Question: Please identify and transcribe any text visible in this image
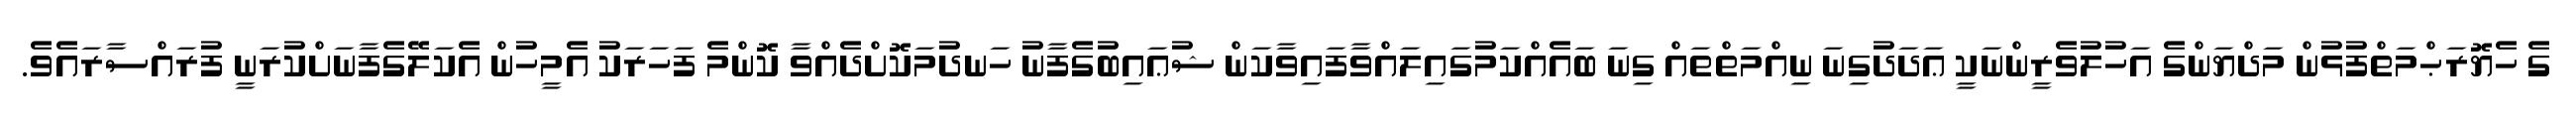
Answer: ގެ ހެޔޮރަޙްމަތްފުޅުން މަދްޔަންގެ އަހުލުވެރީންނަކީ ޢަދަދުގިނަ ނިއްމަތްތައް ގިނަ ބައެއްކަމުގައިލައްވާފައިވާކަން ޝުޢައިބުގެފާނު ހަނދުމަކޮށްދެއްވާ ކޮންމެ ފަހަރަކު އެމީހުން އެކަލޭގެފާނަށްކުރަނީ ފުރައްސާރައެވެ.